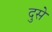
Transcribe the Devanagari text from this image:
दुसे